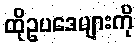
ထိုဥပဒေများကို